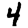
Digit: 4